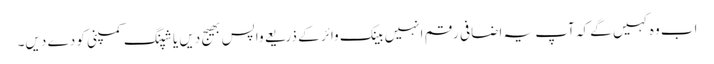
اب وہ کہیں گے کہ آپ یہ اضافی رقم انہیں بینک وائر کے ذریعے واپس بھیج دیں یا شپنگ کمپنی کو دے دیں۔